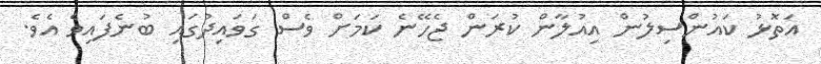
އަތޮޅު ކައުންސިލުން އިއުލާން ކުރަން ޖެހޭނެ ކަމަށް ވެސް ގަވައިދުގައި ބުނެފައިވެ އެވެ.